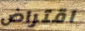
اقتراض